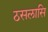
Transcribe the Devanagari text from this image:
ठसलासि